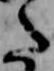
た